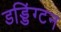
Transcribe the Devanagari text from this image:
डड्डिंग्टन